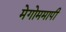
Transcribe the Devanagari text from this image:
मेगोममापी